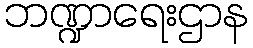
ဘဏ္ဍာရေးဌာန